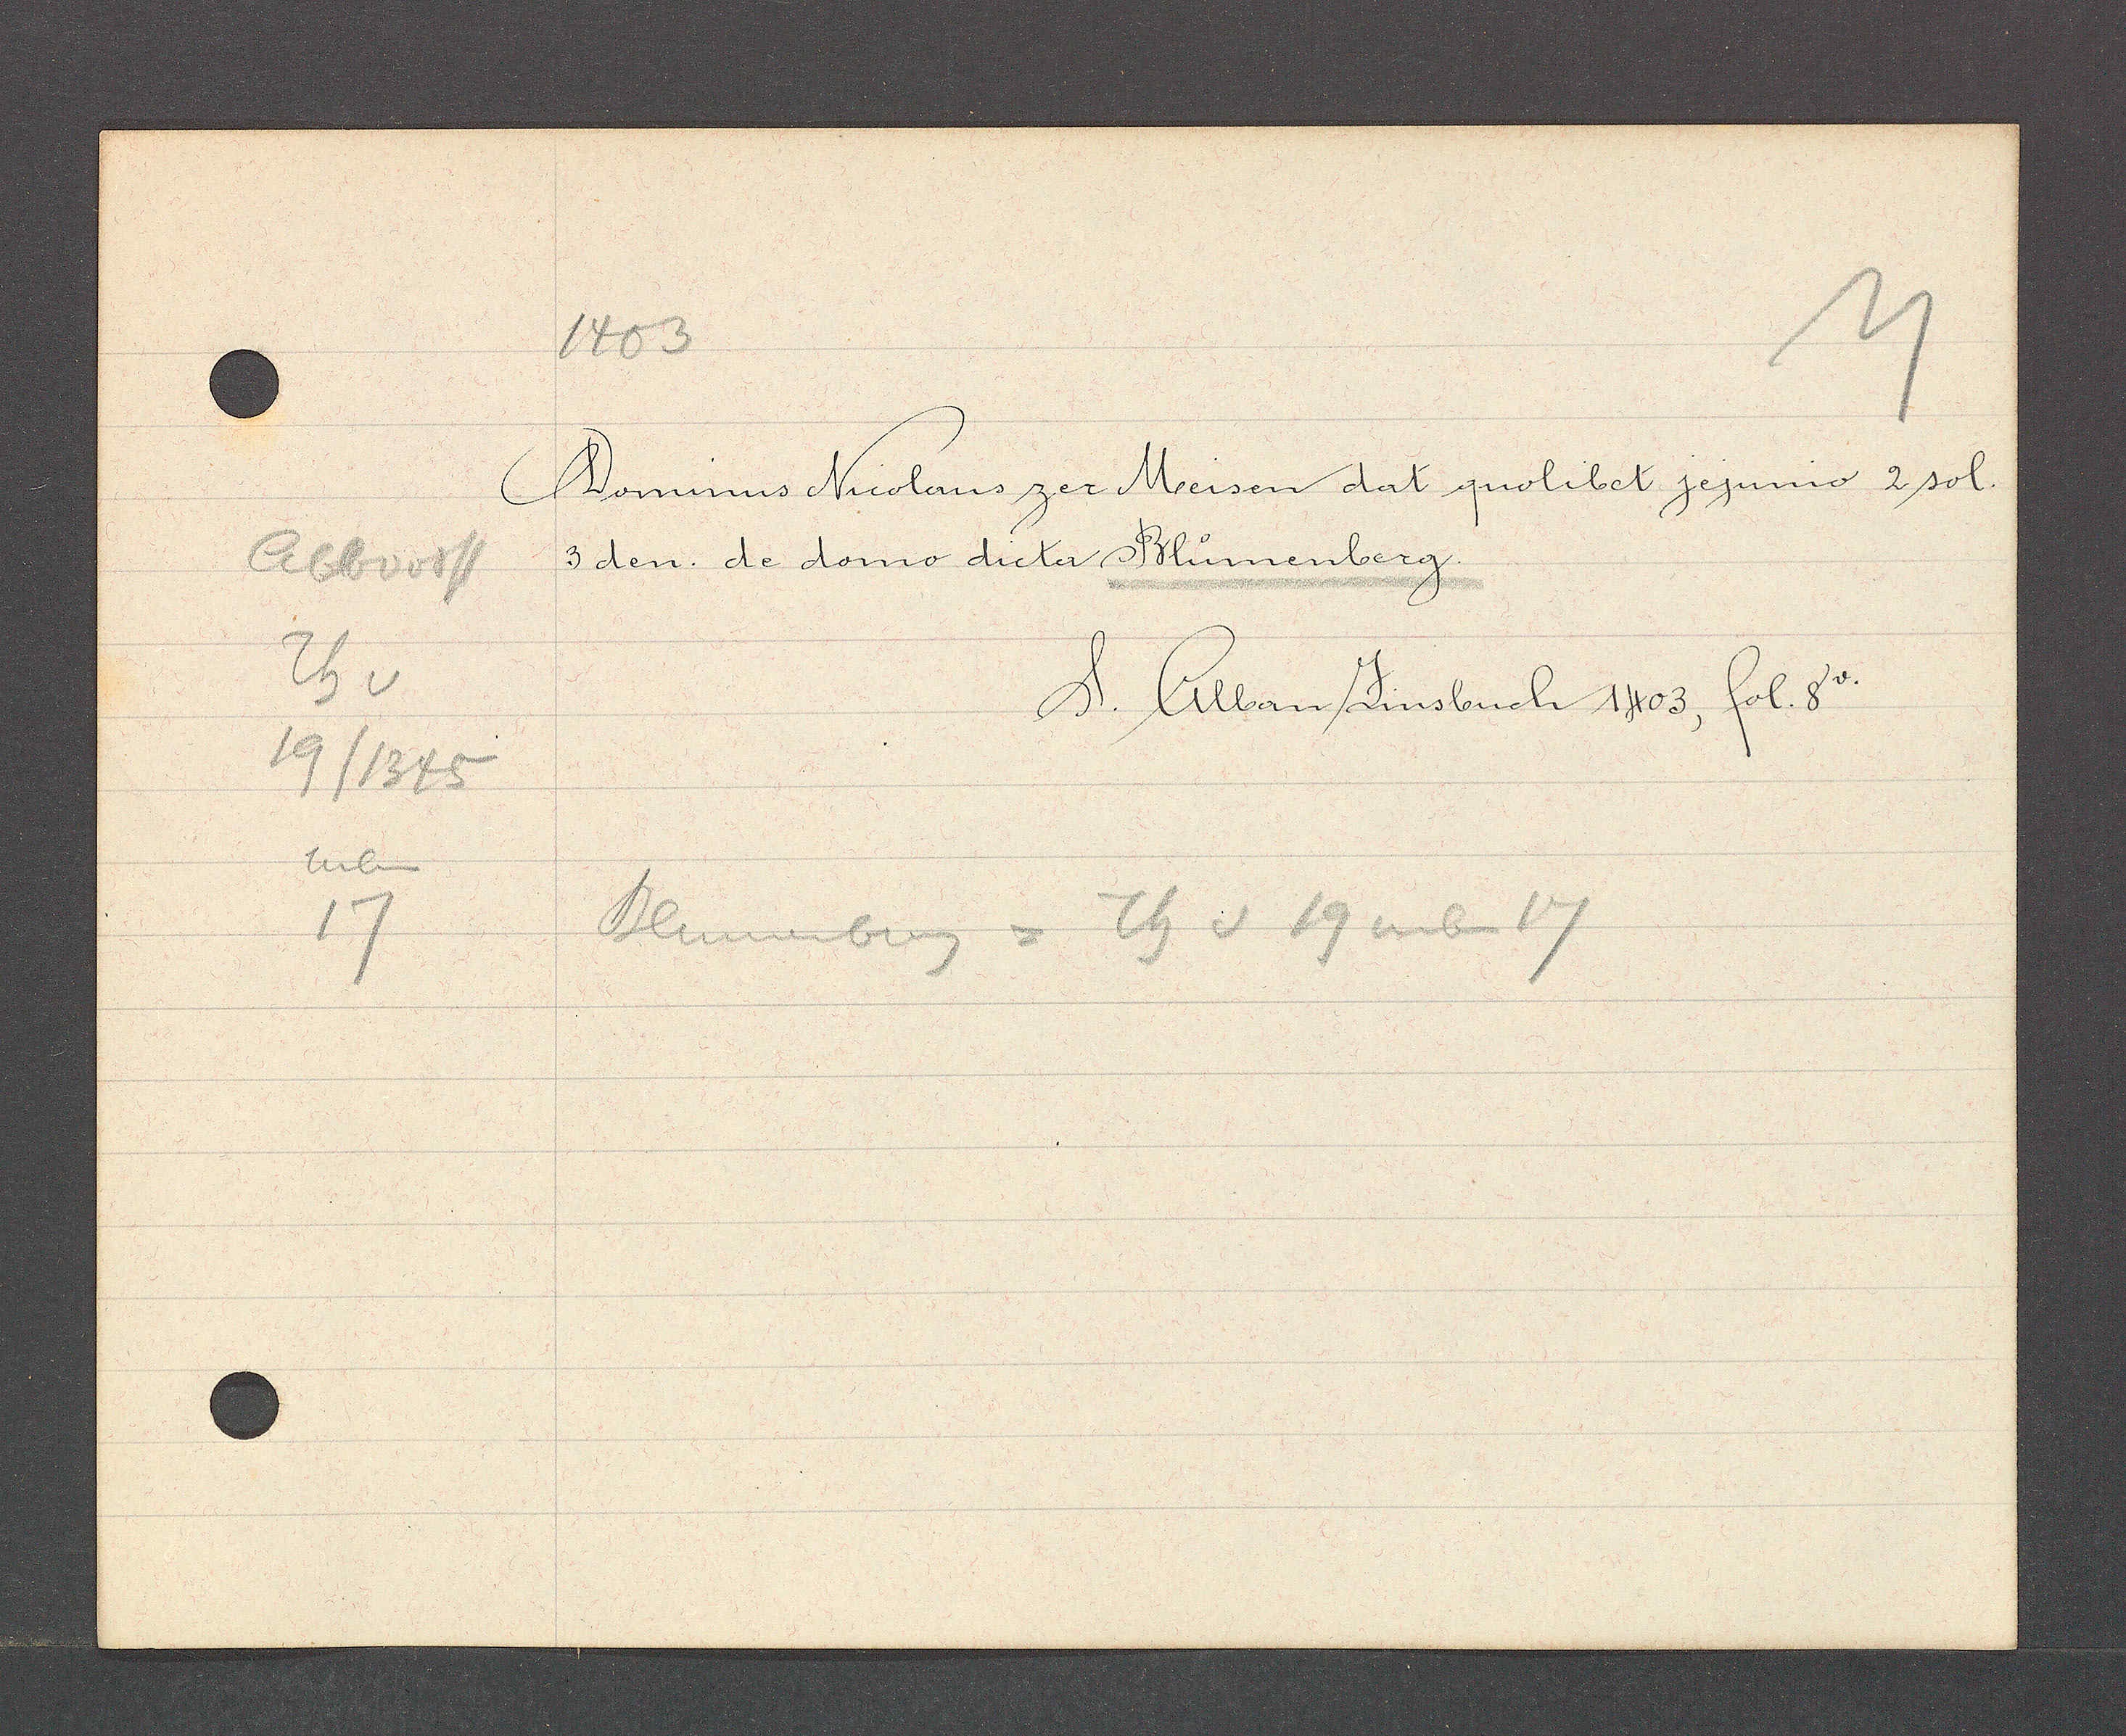
Transcript:
Abbvorst
Th v
19/1345
neben

1403

Dominis Nuolaus zer Meisen dat quolibet zezumo 2 sol.
/ den. de domo dicter Blumenberg,

Blumenberg =
Th v 19 neben 17

S. Alban Zinsbuch 1403. fol. 8v.